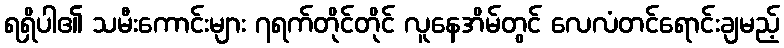
ရရှိပါ၏ သမီးကောင်းများ ၇ရက်တိုင်တိုင် လူနေအိမ်တွင် လေလံတင်ရောင်းချမည့်